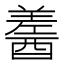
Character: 𨢚